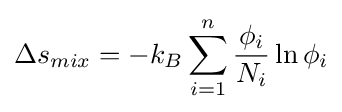
\Delta s_{mix}=-k_{B}\sum _{i=1}^{n}{\frac {\phi _{i}}{N_{i}}}\ln \phi _{i}